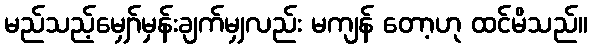
မည်သည့်မျှော်မှန်းချက်မျှလည်း မကျန် တော့ဟု ထင်မိသည်။